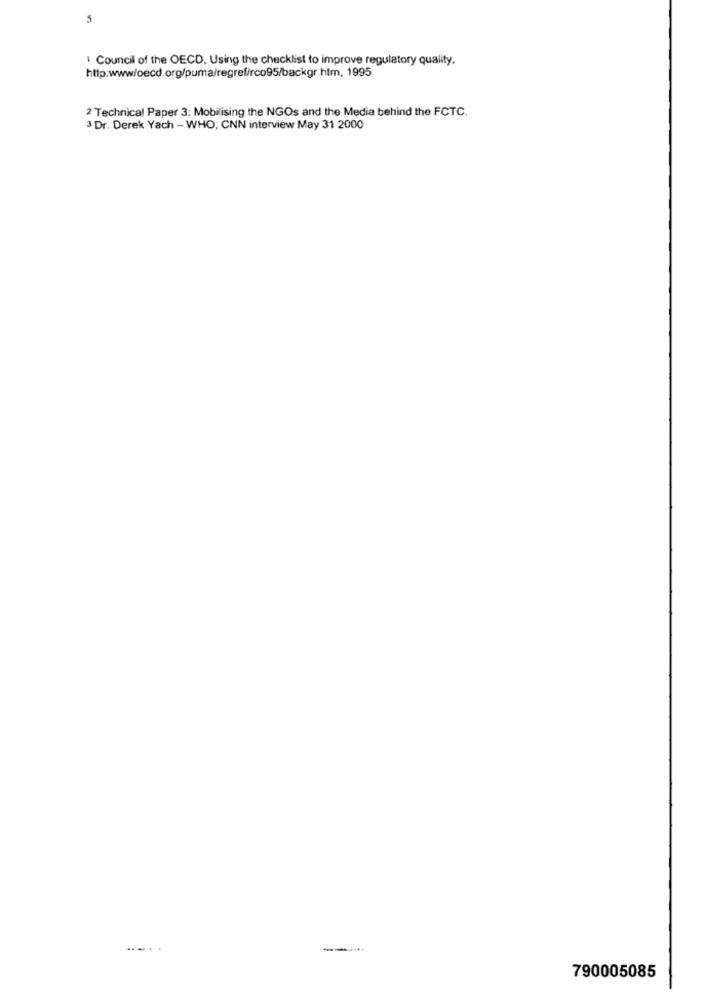
5
Council of the OECD, Using the checklist to improve regulatory quality.
http:www/oecd.org/puma/regref/rco95/backgr.htm. 1995
2 Technical Paper 3: Mobilising the NGOs and the Media behind the FCTC.
3 Dr. Derek Yach - WHO, CNN interview May 31 2000
790005085